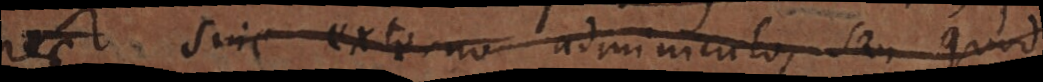
nec sine externo adminiculo, seu quod